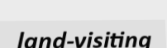
land-visiting